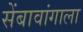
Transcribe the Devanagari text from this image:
सेंबावांगाला